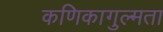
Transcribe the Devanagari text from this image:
कणिकागुल्मता